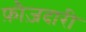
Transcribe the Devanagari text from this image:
फ़ौज़दारी